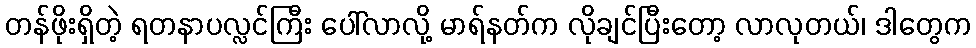
တန်ဖိုးရှိတဲ့ ရတနာပလ္လင်ကြီး ပေါ်လာလို့ မာရ်နတ်က လိုချင်ပြီးတော့ လာလုတယ်၊ ဒါတွေက